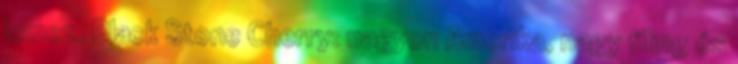
lemez. Black Stone Cherry: nagyon Amerika, nagy fíling és